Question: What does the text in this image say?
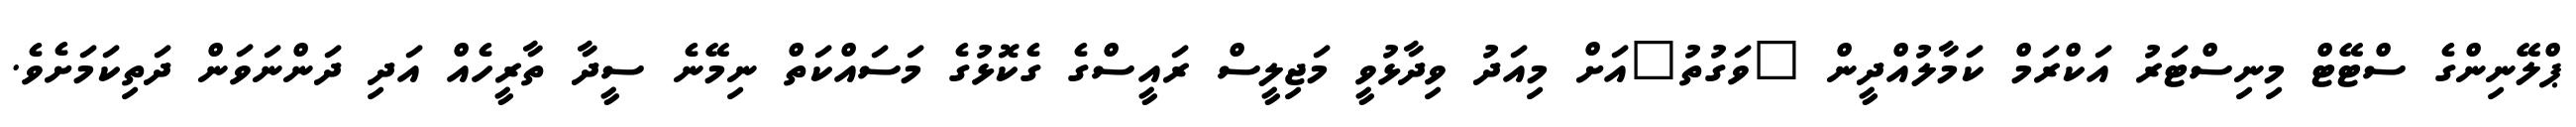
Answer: ޕްލޭނިންގެ ސްޓޭޓް މިނިސްޓަރު އަކްރަމް ކަމާލުއްދީން "ވަގުތު"އަށް މިއަދު ވިދާޅުވީ މަޖިލީސް ރައީސްގެ ގެކޮޅުގެ މަސައްކަތް ނިމޭނެ ސީދާ ތާރީހެއް އަދި ދަންނަވަން ދަތިކަމަށެވެ.